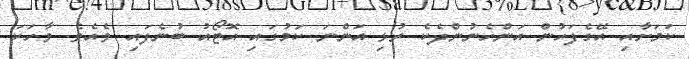
ކަމަށާއި އޭގެފަހުން އަންހެނުންދެކެ ރުޅި އަންނަ ކަމުގައި އޮޓޯއު ބުނެފައި ވެއެވެ. ވާހަކަ